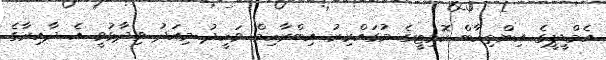
އެމްޑީޕީގެ އިންތިހާބް ކޮމިޓީގެ މުގައްރިރު އިބްރާހިމް ވަހީދު މިއަދު ވިދާޅުވީ އެ ދާއިރާގެ